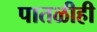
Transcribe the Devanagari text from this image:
पातळीही